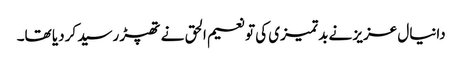
دانیال عزیز نے بدتمیزی کی تو نعیم الحق نے تھپڑ رسید کردیا تھا۔